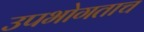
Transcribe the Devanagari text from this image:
उपभोगताच